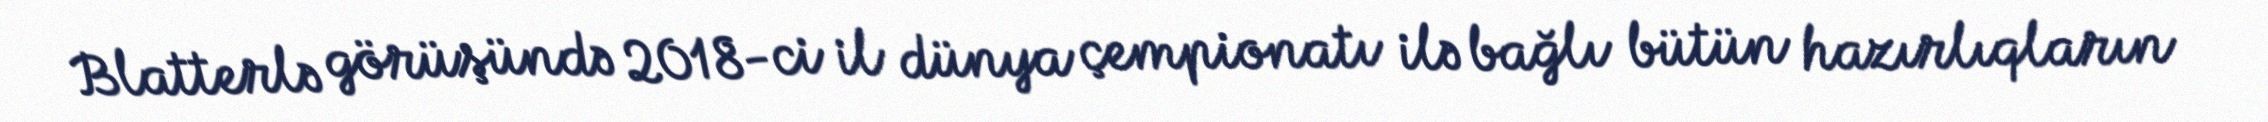
Blatterlə görüşündə 2018-ci il dünya çempionatı ilə bağlı bütün hazırlıqların